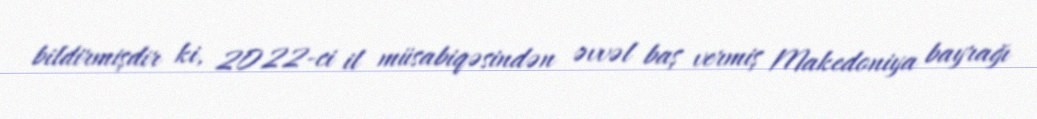
bildirmişdir ki, 2022-ci il müsabiqəsindən əvvəl baş vermiş Makedoniya bayrağı